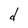
Character: d